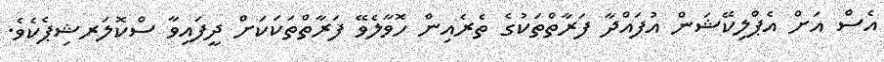
އެސް އަށް އެޕްލިކޭޝަން އުފައްދާ ފަރާތްތަކުގެ ތެރެއިން ހޮވާލެވޭ ފަރާތްތަކަކަށް ދީފައިވާ ސްކޮލަރޝިޕެކެވެ.